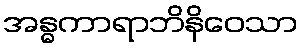
အန္ဓကာရာဘိနိဝေသာ